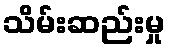
သိမ်းဆည်းမှု